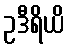
ဥဒီရိယိ